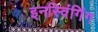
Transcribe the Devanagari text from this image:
इनस्विंगिंग